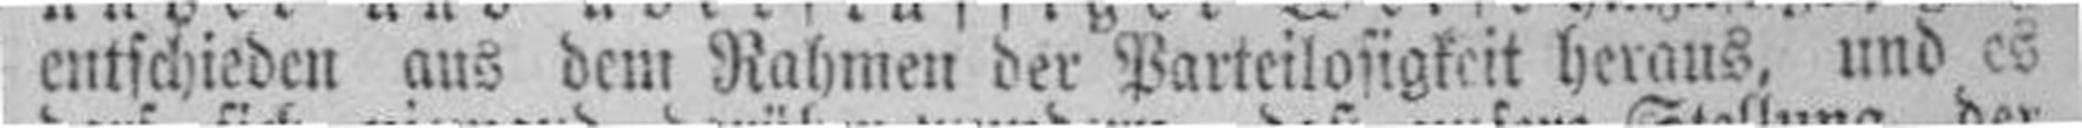
entschieden aus dem Rahmen der Parteilosigkeit heraus, und es